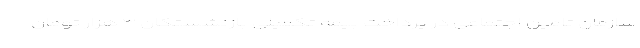
سازمان تامین اجتماعی در پرداخت بیمه تکمیلی بازنشستگان ۳ هزار تومان